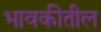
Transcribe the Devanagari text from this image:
भावकीतील